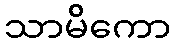
သာမိကော